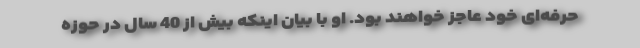
حرفه‌ای خود عاجز خواهند بود. او با بیان اینکه بیش از 40 سال در حوزه